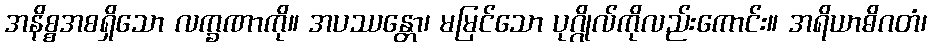
အနိစ္စအစရှိသော လက္ခဏာကို။ အပဿန္တော၊ မမြင်သော ပုဂ္ဂိုလ်ကိုလည်းကောင်း။ အရိယာဓိဂတံ၊